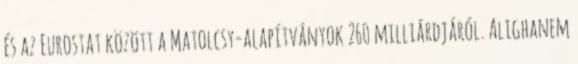
és az Eurostat között a Matolcsy-alapítványok 260 milliárdjáról. Alighanem